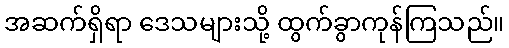
အဆက်ရှိရာ ဒေသများသို့ ထွက်ခွာကုန်ကြသည်။